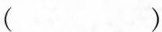
（）